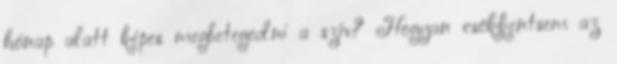
hónap alatt képes megbetegedni a szív? Hogyan csökkentsem az